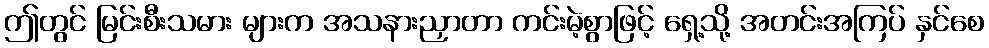
ဤတွင် မြင်းစီးသမား များက အသနားညှာတာ ကင်းမဲ့စွာဖြင့် ရှေ့သို့ အတင်းအကြပ် နှင်စေ